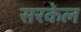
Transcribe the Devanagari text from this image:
सरकेल